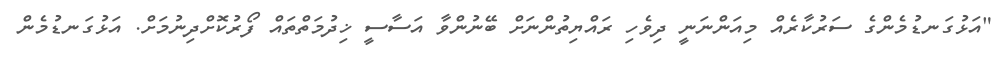
"އަޅުގަނޑުމެންގެ ސަރުކާރެއް މިއަންނަނީ ދިވެހި ރައްޔިތުންނަށް ބޭނުންވާ އަސާސީ ޚިދުމަތްތައް ފޯރުކޮށްދިނުމަށް. އަޅުގަނޑުމެން